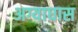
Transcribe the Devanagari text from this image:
अग्याघास